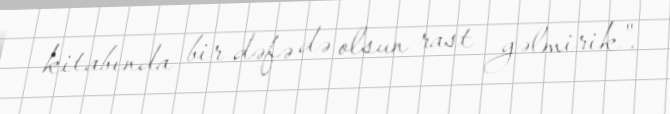
kitabında bir dəfə də olsun rast gəlmirik".